Annual report on the lock hospitals of the Madras Presidency
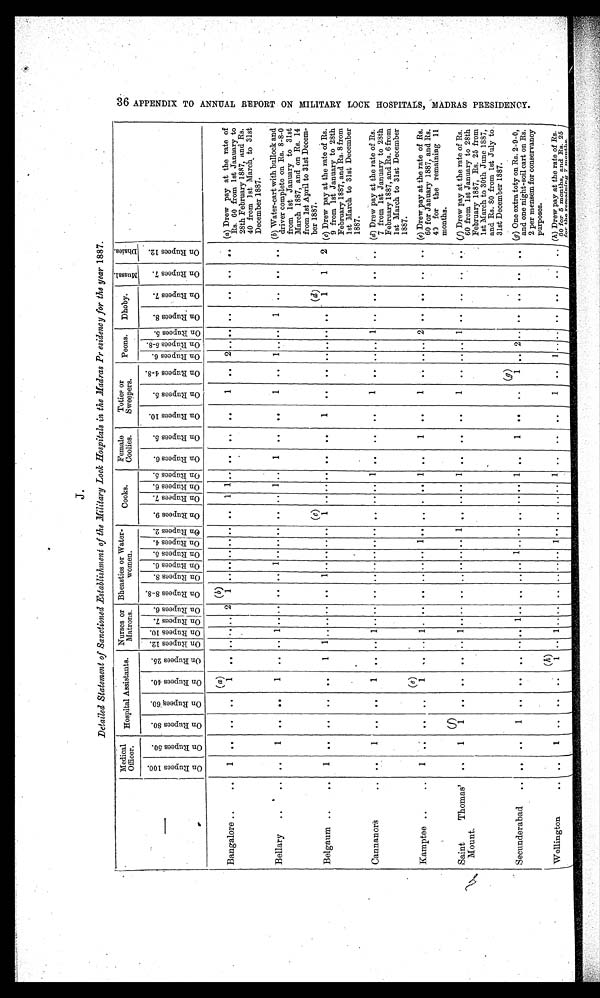
J.
Detailed Statement of Sanctioned Establishment of the Military Lock Hospitals in the Madras Presidency for the year 1887.
—
Medical
Officer.
Hospital Assistants.
Nurses or
Matrons.
Bheasties or Water-
women.
Cooks.
Female
Coolies.
Toties or
Sweepers.
Peons.
Dhoby.
M u s s a l .
D h a i e s .
O n R u p e e s 1 0 0 .
O n R u p e e s 5 0 .
O n R u p e e s 8 0 .
O n R u p e e s 6 0 .
O n R u p e e s 4 0 .
O n R u p e e s 2 5 .
O n R u p e e s 1 2 . O n R u p e e s 1 0 .
O n R u p e e s 7 .
O n R u p e e s 6 .
O n R u p e e s 8 - 8 .
O n R u p e e s 8 .
O n R u p e e s 6 .
O n R u p e e s 5 .
O n R u p e e s 4 . O n R u p e e s 2 .
O n R u p e e s 9 .
O n R u p e e s 7 .
O n R u p e e s 6 .
O n R u p e e s 5 .
O n R u p e e s 6 .
O n R u p e e s 5 .
O n R u p e e s 1 0 .
O n R u p e e s 5 .
O n R u p e e s 4 - 8 .
O n R u p e e s 6 .
O n R u p e e s 5 - 8 .
O n R u p e e s 5 . O n R u p e e s 8 .
O n R u p e e s 7 .
O n R u p e e s 7 .
O n R u p e e s 1 2 .
Bangalore ..
..
1
. .
. .
. .
( a) 1
. .
. . . . . .
2
( b)
1
. . . .
. .
. . . .
. . 1
1
. .
. .
. .
. .
1
..
2 .. . . ..
..
..
..
(a) Drew pay at the rate of
Rs. 60 from 1st January to
28th February 1887, and Rs.
40 from 1st March to 31st
December 1887.
Bellary
..
. .
..
1
. . ..
1
.. .. 1 .. .. .. .. 1 .. .. .. .. .. 1 ..
1
..
. .
1
..
1 .. ..
1
. .
. .
. .
( b ) Water-cart with bullock and
driver complete on Rs. 8-8-0
from 1st January to 31st
March 1887, and on Rs. 14
from 1st April to 31st Decem-
ber 1887.
( c )
1
( d)1
Belgaum ..
..
1
. .
. .
. .
. .
1
1 . . . .
. .
. .
1 . .
. .
. . . .
. . . .
. .
. .
. .
1
. .
. .
. .
. . . .
. .
1
2
(c) Drew pay at the rate of Rs.
9 from 1st January to 28th
February 1887, and Rs. 8 from
1st March to 31st December
1887.
Cannanors ..
. .
1
. .
. .
1
. .
. . 1
. .
. .
. .
. . . .
. .
. . . .
. . . . . .
1
. .
. .
. .
1
.. .. .. 1 ..
..
.. .. (d) Drew pay at the rate of Rs.
7 from 1st January to 28th
February 1887, and Rs. 6 from
1st March to 31st December
1887.
Kamtee ..
..
1
. .
. .
. .
(e )1
. .
. . 1
.
. .
. .
. . . .
. .
1 . .
. . .
. .
1
. .
1
..
1
. .
..
. .
2
. .
. .
. .
. . (e) Drew pay at the rate of Rs.
60 for January 1887, and Rs.
40 for the remaining 11
months.
Saint Thomas'
Mount.
..
1
(f)
1
..
..
. .
. . 1
. .
. .
. .
. . . .
. .
. . 1
. . . . . .
1
. .
. .
. .
1
. .
. .
. . 1
. .
. .
. .
. . (f) Drew pay at the rate of Rs.
60 from 1st January to 28th
February 1887, Rs. 25 from
1st March to 30th June 1887,
and Rs. 80 from 1st July to
31st December 1887.
Secunderabad
..
. .
. .
1
..
..
. . ..
. . 1 ..
. .
. . . . 1 ..
. .
. .
. . . . 1
. .
1
..
..
(g)
1
. . 2
. . ..
. .
. .
.. (g) One extra toty on Rs, 2-9-0,
and one night-soil cart on Rs.
2 per mensem for conservancy
purposes.
Wellington
..
. .
1
. .
. .
. .
( h) 1
. . 1
. .
. .
. . . . . .
. .
1 . .
. . . . . .
1
. .
. .
. . 1
. .
1
. . . . ..
..
..
.. ( h ) Drew pay at the rate of Rs .
60 for 5 months, and Rs. 25
for the remaining
7 mon ths.
3 6 A P P E N D I X T O A N N U A L R E P O R T O N M I L I T A R Y L O C K H O S P T A L S M A D R A S P R E S I D E N C Y .